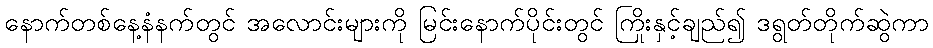
နောက်တစ်နေ့နံနက်တွင် အလောင်းများကို မြင်းနောက်ပိုင်းတွင် ကြိုးနှင့်ချည်၍ ဒရွတ်တိုက်ဆွဲကာ